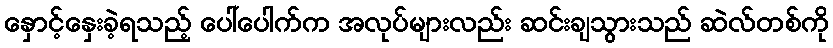
နှောင့်နှေးခဲ့ရသည့် ပေါ်ပေါက်က အလုပ်များလည်း ဆင်းချသွားသည် ဆဲလ်တစ်ကို